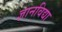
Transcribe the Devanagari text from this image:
ज्ञानविद्या